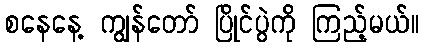
စနေနေ့ ကျွန်တော် ပြိုင်ပွဲကို ကြည့်မယ်။